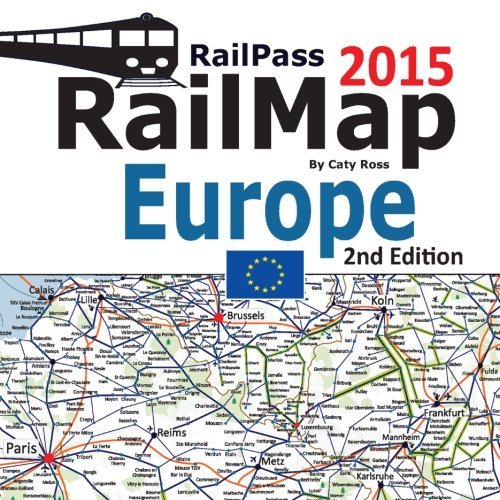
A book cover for RailPass RailMap Europe 2015: Icon illustrated Railway Atlas of Europe, Turkey and Morocco ideal for interrail and Eurail pass holders; Caty Ross; Travel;